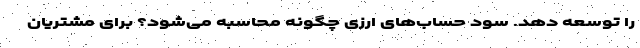
را توسعه دهد. سود حساب‌های ارزی چگونه محاسبه می‌شود؟ برای مشتریان